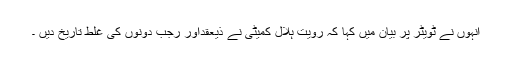
انہوں نے ٹویٹر پر بیان میں کہا کہ رویت ہلال کمیٹی نے ذیعقداور رجب دونوں کی غلط تاریخ دیں ۔